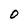
Character: 0